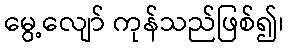
မွေ့လျော် ကုန်သည်ဖြစ်၍၊